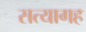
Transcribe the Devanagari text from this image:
सत्यागह